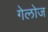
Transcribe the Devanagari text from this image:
गेलोज